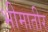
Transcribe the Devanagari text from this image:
भीमातीर